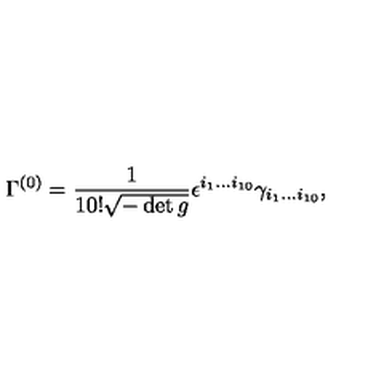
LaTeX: \Gamma ^ { ( 0 ) } = { \frac { 1 } { 1 0 ! \sqrt { - \det g } } } \epsilon ^ { i _ { 1 } \ldots i _ { 1 0 } } \gamma _ { i _ { 1 } \ldots i _ { 1 0 } } ,